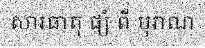
សារធាតុ ផ្សំ ពី បុរាណ